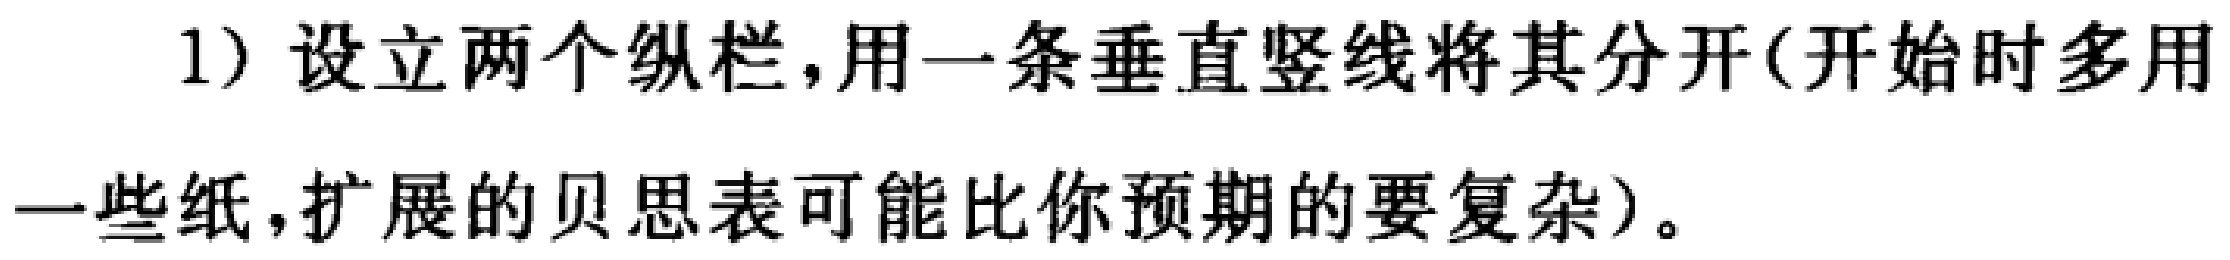
1) 设立两个纵栏，用一条垂直竖线将其分开(开始时多用一些纸，扩展的贝思表可能比你预期的要复杂)。